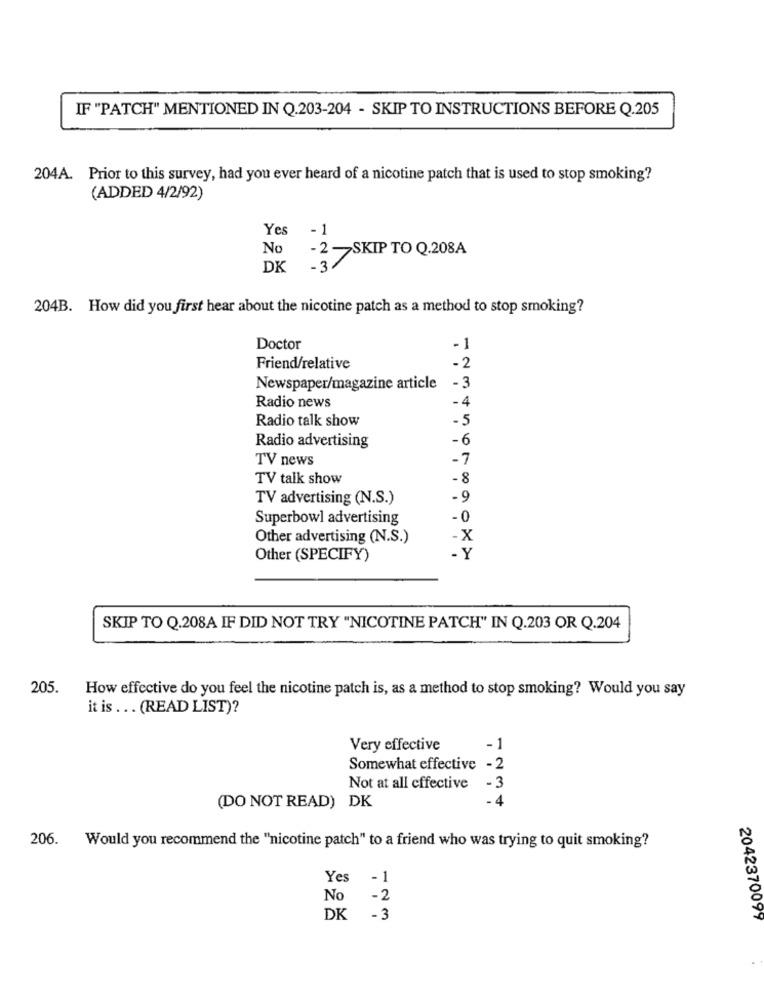
IF "PATCH" MENTIONED IN Q.203-204 - SKIP TO INSTRUCTIONS BEFORE Q.205
204A. Prior to this survey, had you ever heard of a nicotine patch that is used to stop smoking?
(ADDED 4/2/92)
Yes -1
No
-2 -SKIP TO Q.208A
DK
-3
204B. How did you first hear about the nicotine patch as a method to stop smoking?
Doctor
-1
-2
Friend/relative
Newspaper/magazine article
-3
-4
Radio news
Radio talk show
-5
-6
Radio advertising
TV news
-7
TV talk show
- 8
TV advertising (N.S.)
-9
Superbowl advertising
-0
Other advertising (N.S.)
-X
Other (SPECIFY)
- Y
SKIP TO Q.208A IF DID NOT TRY "NICOTINE PATCH" IN Q.203 OR Q.204
205.
How effective do you feel the nicotine patch is, as a method to stop smoking? Would you say
it is ... (READ LIST)?
Very effective
-1
Somewhat effective - 2
Not at all effective
-3
- 4
(DO NOT READ) DK
206. Would you recommend the "nicotine patch" to a friend who was trying to quit smoking?
Yes
-1
No
- 2
DK
-3
2042370099